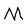
Character: M